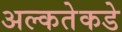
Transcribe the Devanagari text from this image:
अल्कतेकडे